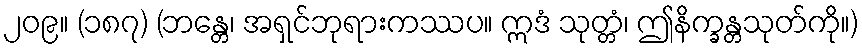
၂၀၉။ (၁၈၇) (ဘန္တေ၊ အရှင်ဘုရားကဿပ။ ဣဒံ သုတ္တံ၊ ဤနိက္ခန္တသုတ်ကို။)